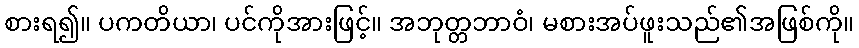
စားရ၍။ ပကတိယာ၊ ပင်ကိုအားဖြင့်။ အဘုတ္တဘာဝံ၊ မစားအပ်ဖူးသည်၏အဖြစ်ကို။